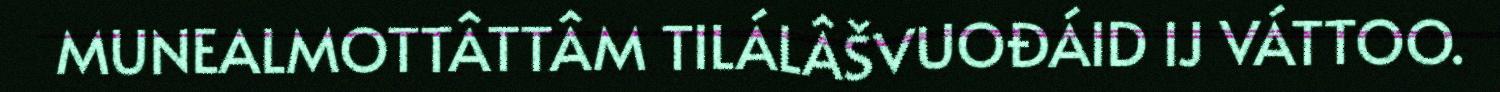
MUNEALMOTTÂTTÂM TILÁLÂŠVUOĐÁID IJ VÁTTOO.